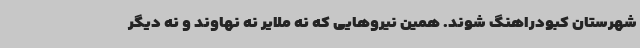
شهرستان کبودراهنگ شوند. همین نیروهایی که نه ملایر نه نهاوند و نه دیگر